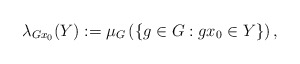
\begin{align*}\lambda_{Gx_0}(Y):=\mu_{G}\left(\{g\in G : gx_0\in Y\}\right),\end{align*}